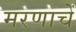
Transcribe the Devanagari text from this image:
मरणाचें